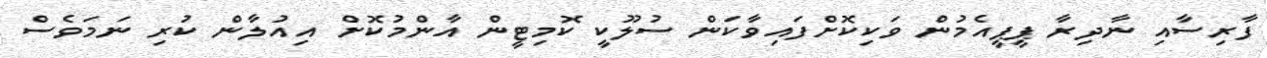
ފާރިސާއި ނާދިރާ ޕީޕީއެމުން ވަކިކޮށްފައިވާކަން ސުލޫކީ ކޮމިޓީން އާންމުކޮށް އިއުލާން ކުރި ނަމަވެސް